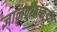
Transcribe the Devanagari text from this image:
ज्ञानपीठाकडून